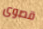
قصوى